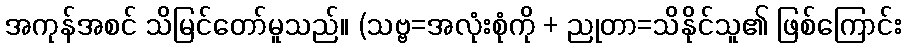
အကုန်အစင် သိမြင်တော်မူသည်။ (သဗ္ဗ=အလုံးစုံကို + ညုတာ=သိနိုင်သူ၏ ဖြစ်ကြောင်း